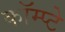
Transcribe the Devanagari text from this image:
कॉम्प्टे